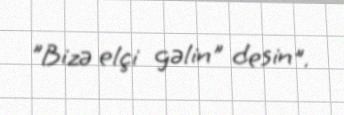
”Bizə elçi gəlin" desin".